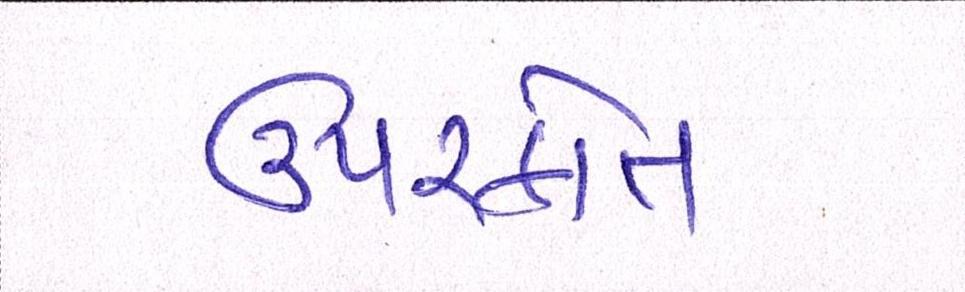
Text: ઉપરકોત